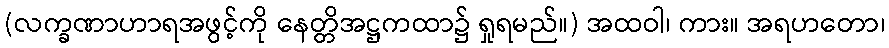
(လက္ခဏာဟာရအဖွင့်ကို နေတ္တိအဋ္ဌကထာ၌ ရှုရမည်။) အထဝါ၊ ကား။ အရဟတော၊